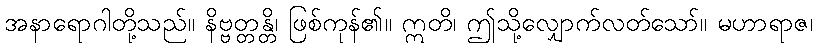
အနာရောဂါတို့သည်။ နိဗ္ဗတ္တန္တိ၊ ဖြစ်ကုန်၏။ ဣတိ၊ ဤသို့လျှောက်လတ်သော်။ မဟာရာဇ၊